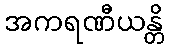
အကရဏီယန္တိ